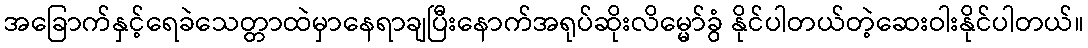
အခြောက်နှင့်ရေခဲသေတ္တာထဲမှာနေရာချပြီးနောက်အရုပ်ဆိုးလိမ္မော်ခွံ နိုင်ပါတယ်တဲ့ဆေးဝါးနိုင်ပါတယ်။